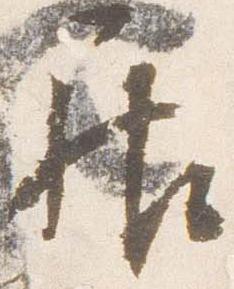
居